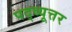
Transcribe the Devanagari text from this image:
पद्व्यूत्तर